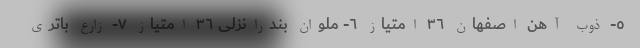
٥- ذوب آهن اصفهان ٣٦ امتیاز ٦- ملوان بندرانزلی ٣٦ امتیاز ٧- زارع باتری